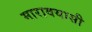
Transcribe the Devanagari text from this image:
मारावयासी